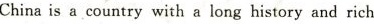
China is a country with a long history and rich